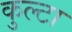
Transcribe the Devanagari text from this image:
कुल्टा